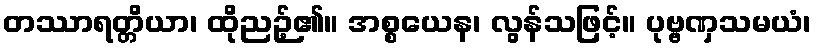
တဿာရတ္တိယာ၊ ထိုညဉ့်၏။ အစ္စယေန၊ လွန်သဖြင့်။ ပုဗ္ဗဏှသမယံ၊